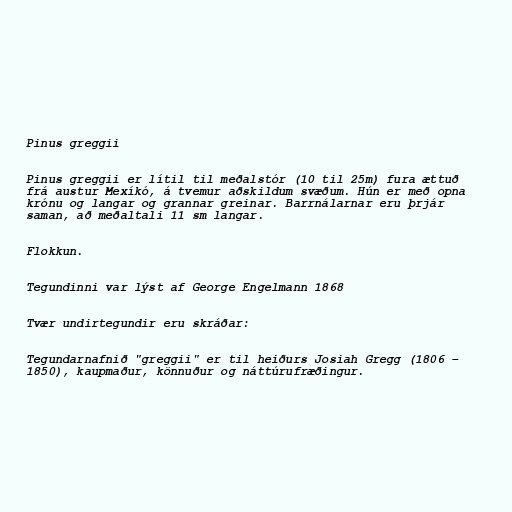
Pinus greggii

Pinus greggii er lítil til meðalstór (10 til 25m) fura ættuð
frá austur Mexíkó, á tvemur aðskildum svæðum. Hún er með opna
krónu og langar og grannar greinar. Barrnálarnar eru þrjár
saman, að meðaltali 11 sm langar.

Flokkun.

Tegundinni var lýst af George Engelmann 1868

Tvær undirtegundir eru skráðar:

Tegundarnafnið "greggii" er til heiðurs Josiah Gregg (1806 –
1850), kaupmaður, könnuður og náttúrufræðingur.